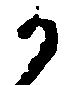
か